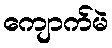
ကျောက်မဲ